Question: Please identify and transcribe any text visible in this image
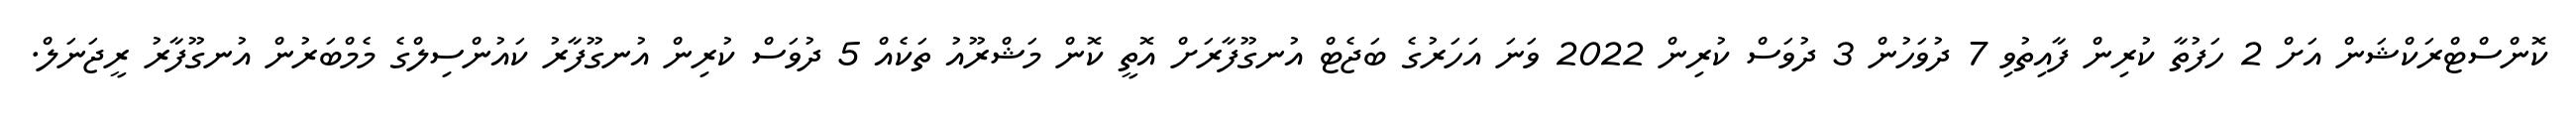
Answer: ކޮންސްޓްރަކްޝަން އަށް 2 ހަފުތާ ކުރިން ފާއިތުވި 7 ދުވަހުން 3 ދުވަސް ކުރިން 2022 ވަނަ އަހަރުގެ ބަޖެޓް އުނގޫފާރަށް އޮތީ ކޮން މަޝްރޫއު ތަކެއް 5 ދުވަސް ކުރިން އުނގޫފާރު ކައުންސިލްގެ މެމްބަރުން އުނގޫފާރު ރީޖަނަލް.